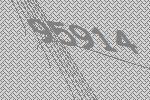
95914